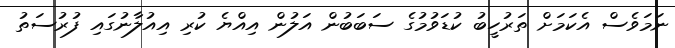
ނަމަވެސް އެކަމަށް ތަރުހީބު ކުޑަވުމުގެ ސަބަބުން އަލުން އިއްޔެ ކުރި އިއުލާނުގައި ފުރުސަތު